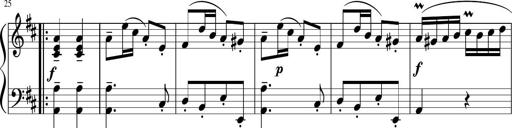
Title: 12 Keyboard Sonatinas
Composer: James Hook